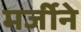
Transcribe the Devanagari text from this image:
मर्जीने